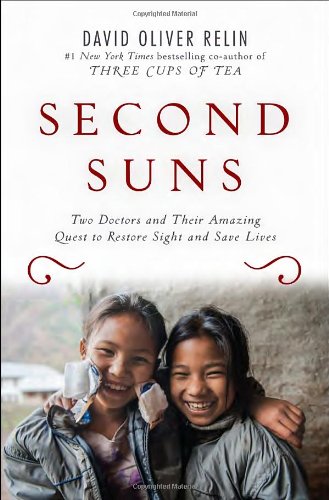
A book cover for Second Suns: Two Doctors and Their Amazing Quest to Restore Sight and Save Lives; David Oliver Relin; Health, Fitness & Dieting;